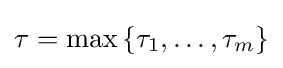
\tau =\max \left\{\tau _{1},\ldots ,\tau _{m}\right\}